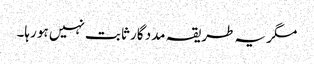
مگر یہ طریقہ مدد گار ثابت نہیں ہو رہا۔